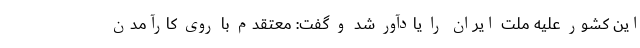
این کشور علیه ملت ایران را یادآور شد و گفت: معتقدم با روی کارآمدن